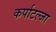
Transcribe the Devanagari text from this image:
कर्पाटल्जा